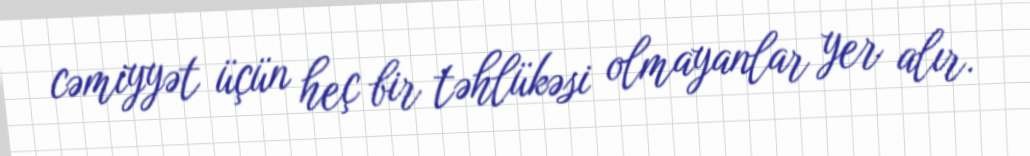
cəmiyyət üçün heç bir təhlükəsi olmayanlar yer alır.